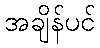
အချိန်ပင်